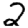
Digit: 2